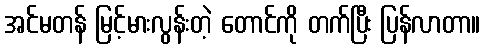
အင်မတန် မြင့်မားလွန်းတဲ့ တောင်ကို တက်ပြီး ပြန်လာတာ။